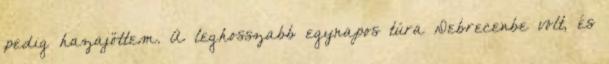
pedig hazajöttem. A leghosszabb egynapos túra Debrecenbe volt, és